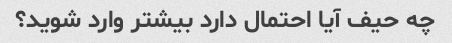
چه حیف آیا احتمال دارد بیشتر وارد شوید؟